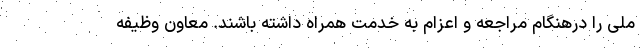
ملی را درهنگام مراجعه و اعزام به خدمت همراه داشته باشند. معاون وظیفه